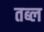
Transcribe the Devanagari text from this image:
तब्ल